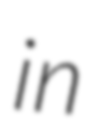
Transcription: in